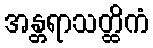
အန္တရာသတ္ထိကံ